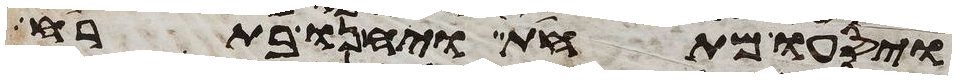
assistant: ויסעו מתחת ויחנו בתרח